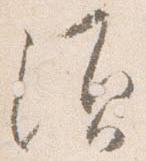
須